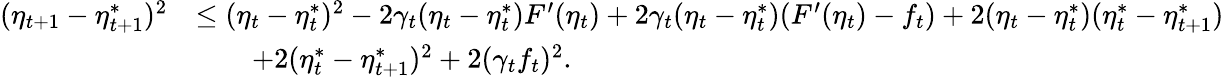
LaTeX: \begin{array}{rl}{(\eta_{t+1}-\eta_{t+1}^{*})^{2}}&{\leq(\eta_{t}-\eta_{t}^{*})^{2}-2\gamma_{t}(\eta_{t}-\eta_{t}^{*})F^{\prime}(\eta_{t})+2\gamma_{t}(\eta_{t}-\eta_{t}^{*})(F^{\prime}(\eta_{t})-f_{t})+2(\eta_{t}-\eta_{t}^{*})(\eta_{t}^{*}-\eta_{t+1}^{*})}\\ &{\qquad+2(\eta_{t}^{*}-\eta_{t+1}^{*})^{2}+2(\gamma_{t}f_{t})^{2}.}\end{array}